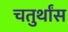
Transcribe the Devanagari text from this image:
चतुर्थांस